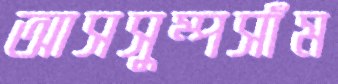
আসসুম্পসাঁম